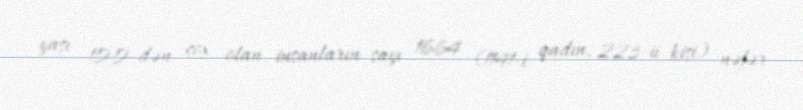
yaşı 100-dən çox olan insanların sayı 1664 (1141-i qadın, 223-ü kişi) nəfər